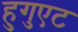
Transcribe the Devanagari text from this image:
हुगुएट